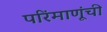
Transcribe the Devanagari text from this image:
परिंमाणूंची